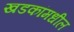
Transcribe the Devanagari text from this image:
खडकांमधील